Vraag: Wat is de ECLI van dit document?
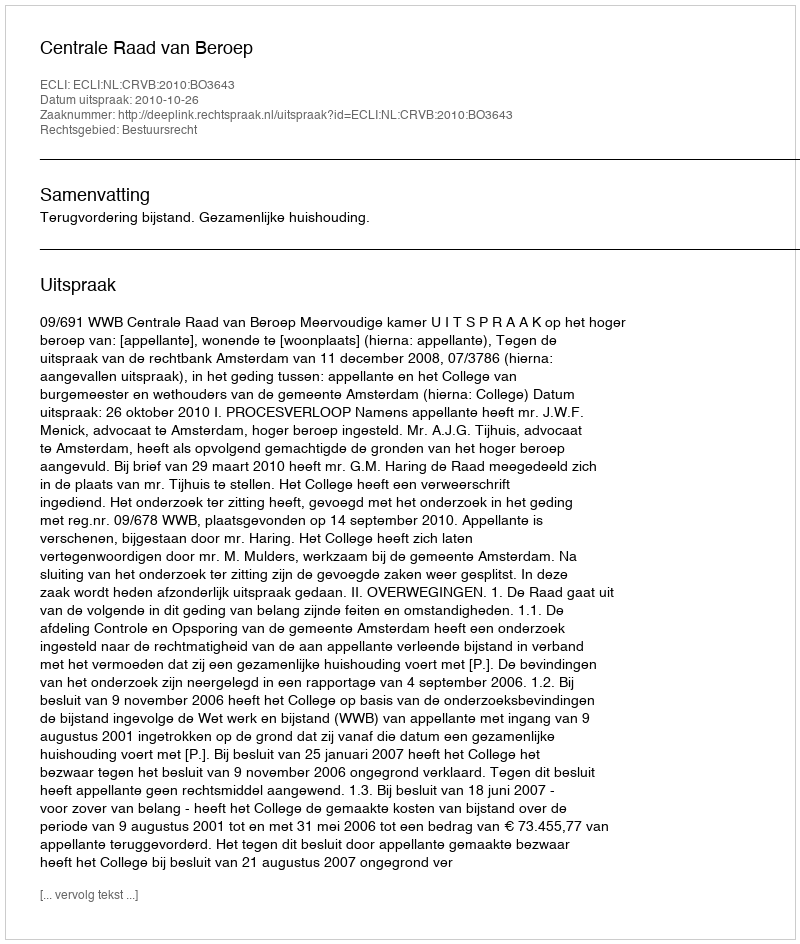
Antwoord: ECLI:NL:CRVB:2010:BO3643